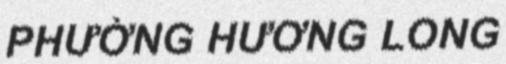
PHƯỜNG HƯƠNG LONG